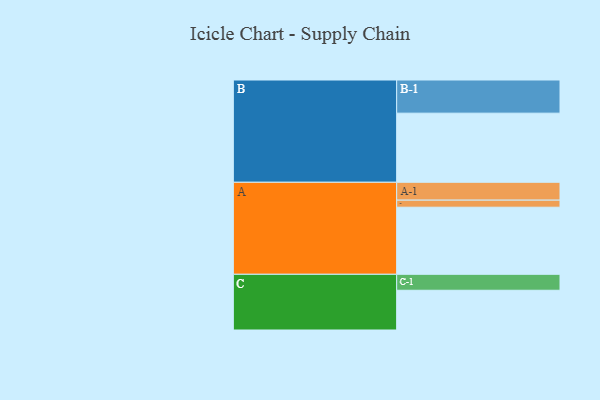
{"axis": {"x": "Segment", "y": "Value"}, "legend": ["", "A", "B", "C"], "data": [{"x": "A", "y": 530, "type": ""}, {"x": "B", "y": 546, "type": ""}, {"x": "C", "y": 314, "type": ""}, {"x": "A-1", "y": 141, "type": "A"}, {"x": "A-2", "y": 56, "type": "A"}, {"x": "B-1", "y": 262, "type": "B"}, {"x": "C-1", "y": 126, "type": "C"}]}